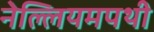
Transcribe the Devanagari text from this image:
नेल्लियमपथी